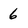
Character: 6